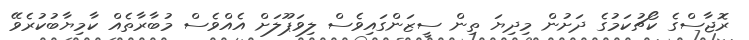
ރޮޖާސްގެ ކޯޗުކަމުގެ ދަށުން މިދިޔަ ތިން ސީޒަންގައިވެސް ލިވަޕޫލަށް އެއްވެސް މުބާރާތެއް ކާމިޔާބުކުރެވޭ